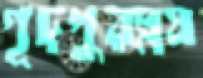
গূঢ়পুরম্নষ